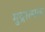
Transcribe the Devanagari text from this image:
मुद्रात्मक